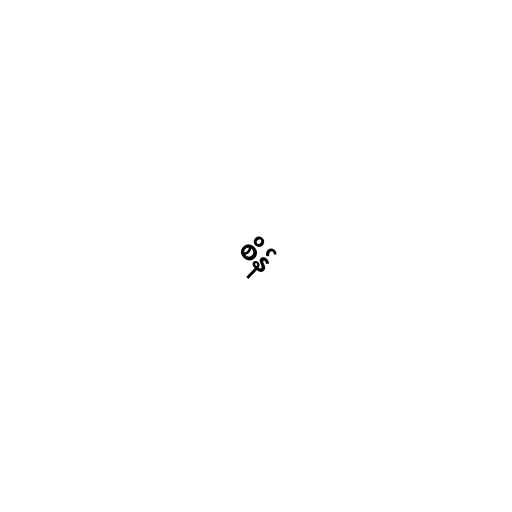
စိန်